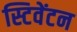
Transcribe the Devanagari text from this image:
स्टिवेंटन